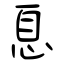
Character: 息